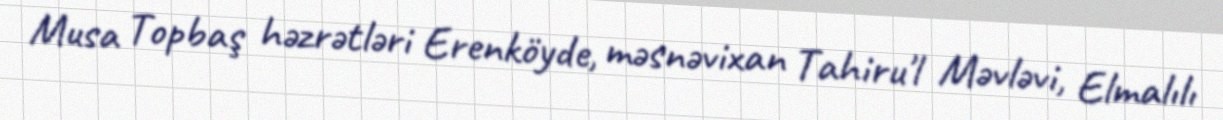
Musa Topbaş həzrətləri Erenköyde, məsnəvixan Tahiru'l Məvləvi, Elmalılı